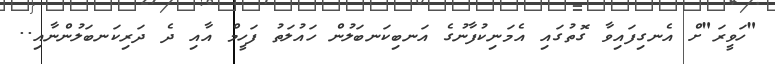
"ހަވީރަ"ށް އެނގިފައިވާ ގޮތުގައި އެމަނިކުފާނުގެ އަނބިކަނބަލުން ހައުލަތު ފަހީމް އާއި ދެ ދަރިކަނބަލުންނާއި..